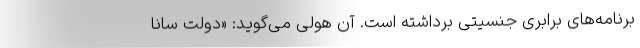
برنامه‌های برابری جنسیتی برداشته است. آن هولی می‌گوید: «دولت سانا